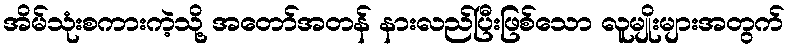
အိမ်သုံးစကားကဲ့သို့ အတော်အတန် နားလည်ပြီးဖြစ်သော လူမျိုးများအတွက်